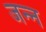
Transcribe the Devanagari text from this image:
जन्न